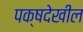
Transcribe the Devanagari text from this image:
पक्षदेखील